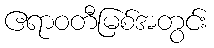
ဧရာဝတီမြစ်အတွင်း